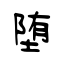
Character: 堕